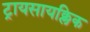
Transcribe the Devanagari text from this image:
ट्रायसायक्लिक